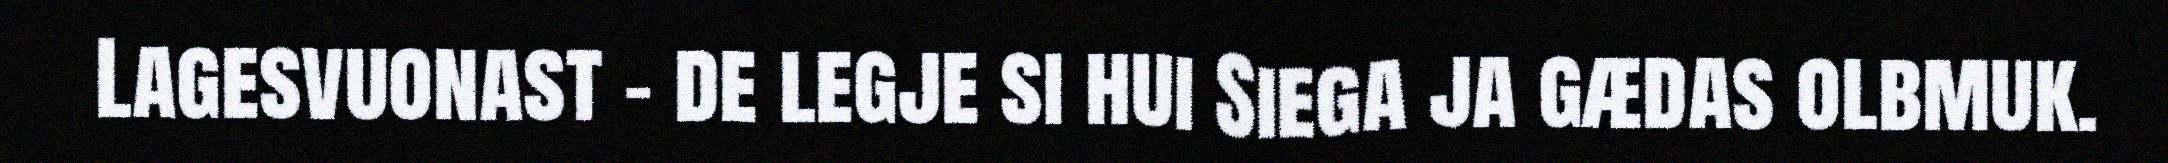
Lagesvuonast – de legje si hui Siega ja gædas olbmuk.